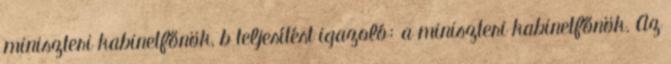
miniszteri kabinetfőnök, b teljesítést igazoló: a miniszteri kabinetfőnök. Az